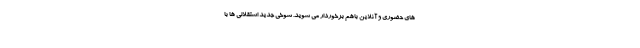
های حضوری و آنلاین باهم برخوردار می شوید. شوخی جدید استقلالی ها با